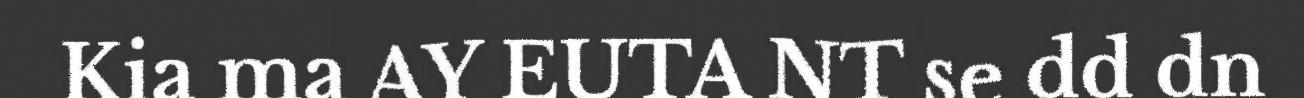
Kia ma AY EUTA NT se dd dn